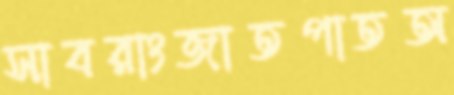
সাবরাংজাতপাতঅ